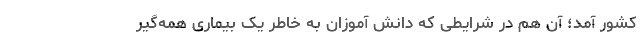
کشور آمد؛ آن هم در شرایطی که دانش آموزان به خاطر یک بیماری همه‌گیر